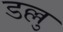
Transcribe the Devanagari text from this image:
डल्लु